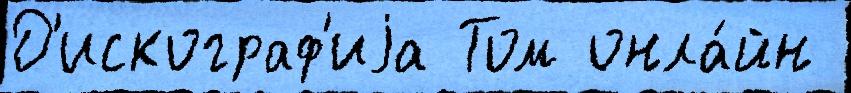
Д'искограф'иjа Том онла́йн